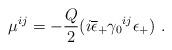
LaTeX: \begin{align*}\mu^{ij}=-{Q\over2} (i\overline{\epsilon}_+\gamma_0{}^{ij}\epsilon_+)\ .\end{align*}